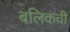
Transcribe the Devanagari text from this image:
बलिकची